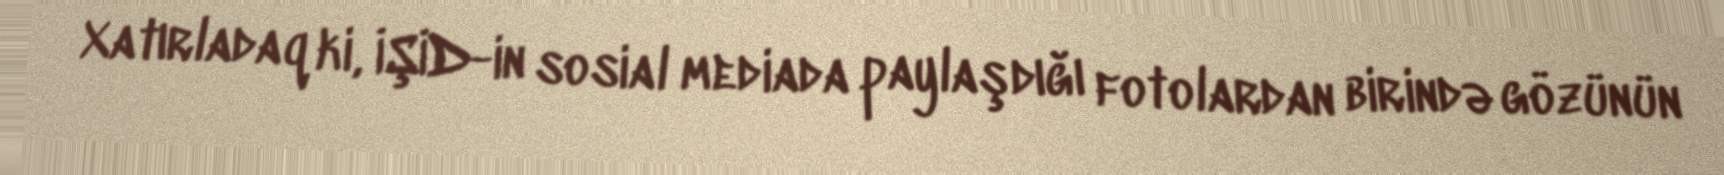
Xatırladaq ki, İŞİD-in sosial mediada paylaşdığı fotolardan birində gözünün